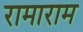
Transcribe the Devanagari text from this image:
रामाराम